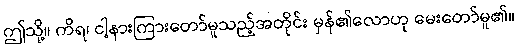
ဤသို့။ ကိရ၊ ငါ့နားကြားတော်မူသည့်အတိုင်း မှန်၏လောဟု မေးတော်မူ၏။